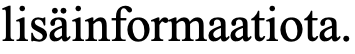
lisäinformaatiota.